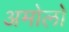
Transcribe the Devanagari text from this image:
अमोलो